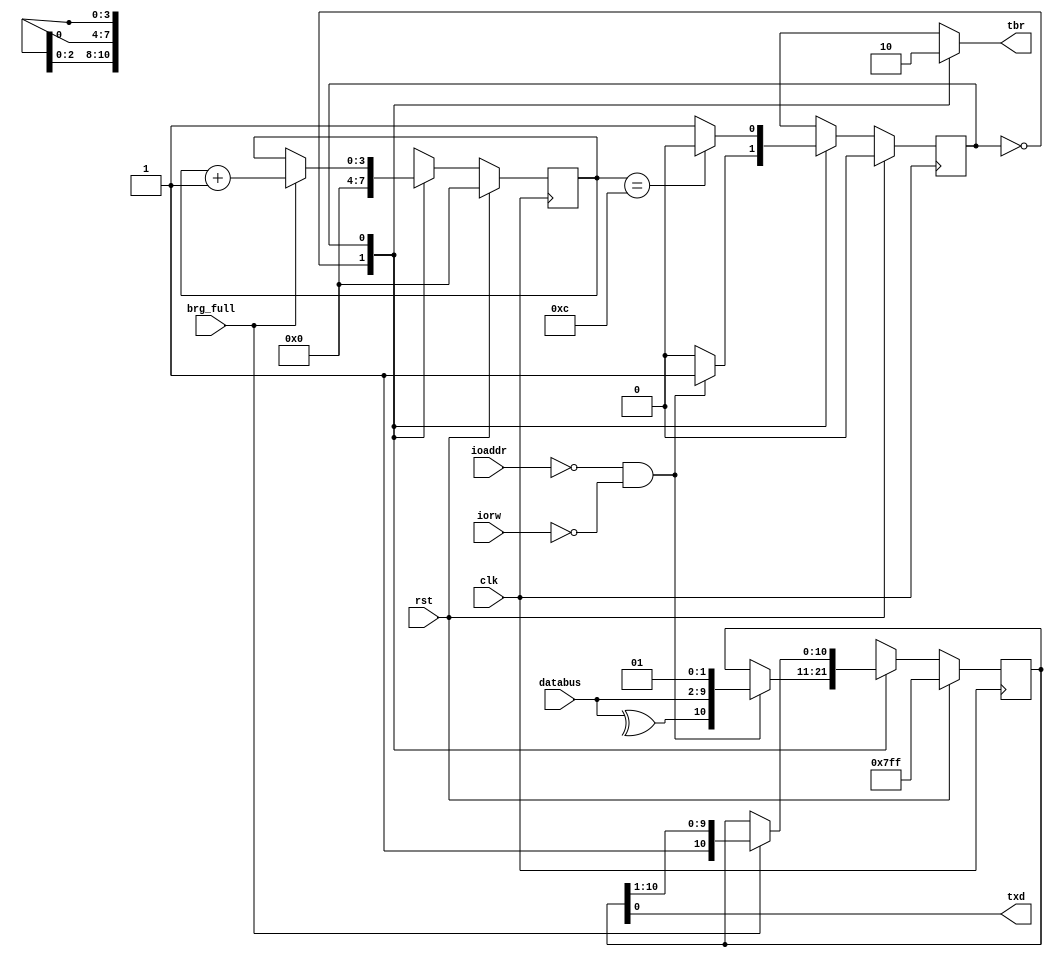
module tx_spart_parity(
	output txd,
	output reg tbr,
	input clk,rst,
	input iorw,
	input brg_full, //goes high once every baud
	input [7:0] databus,
	input [1:0] ioaddr);

	reg [10:0] tx_shift_reg,tx_shift_reg_next; 

	localparam IDLE = 1'b0;
	localparam TRANSMITTING = 1'b1;

	reg state, state_next;

	//count to 10
	reg [3:0] tx_count,tx_count_next;

	always @(posedge clk) begin
		if (rst == 1'b1) begin
			state <= 1'b0;
			tx_count <= 4'h0;
			tx_shift_reg <= 11'hFFF;
		end
		else begin
			state <= state_next;
			tx_count <= tx_count_next;
			tx_shift_reg <= tx_shift_reg_next;
		end

	end

	always @(*) begin
		//defaults
		tx_count_next = tx_count;
		tx_shift_reg_next = tx_shift_reg;
		
	
		case (state) 
			IDLE: begin
				tbr = 1'b1; //ready to transmit again	
				tx_count_next = 4'd0;
				if (ioaddr == 2'b00 && iorw == 1'b0) begin 
					state_next = TRANSMITTING;
					// parity bit, data, start bit
					tx_shift_reg_next = {^databus[7:0],databus,2'b01};
					tx_count_next = 4'h0;
				end
				else begin
					//stay in idle state
					state_next = IDLE;
				end
			end
			TRANSMITTING: begin
				tbr = 1'b0;//busy	
				if (tx_count == 4'd12) begin
					state_next = IDLE;
				end
				else begin
					//remain in state, not done yet.
					state_next = TRANSMITTING;
				end
				if (brg_full == 1'b1)begin
					//we've waited a full baud! send out another bit! they'll be so excited.
					//1 bit shift right, shifting in 1 to MSB
					tx_shift_reg_next = {1'b1,tx_shift_reg[10:1]};
					tx_count_next = tx_count + 1;
				end
			end
		endcase
	end

	
	assign txd = tx_shift_reg[0];

endmodule